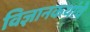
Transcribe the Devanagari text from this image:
विज्ञानकथांचे